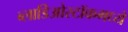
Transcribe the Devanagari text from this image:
ब्लाडिओस्टॉकमध्ये